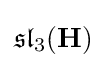
{\mathfrak {sl}}_{3}(\mathbf {H} )